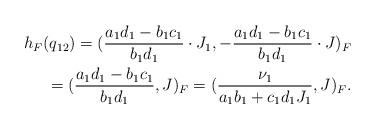
LaTeX: \begin{align*} h_F(q_{12}) = ( \frac{a_1 d_1 - b_1 c_1}{b_1 d_1} \cdot J_1, -\frac{a_1 d_1 - b_1 c_1}{b_1 d_1} \cdot J )_F \\ = ( \frac{a_1 d_1 - b_1 c_1}{b_1 d_1}, J )_F = ( \frac{\nu_1}{a_1 b_1 + c_1 d_1 J_1}, J )_F.\end{align*}